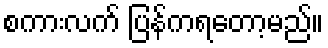
စကားလက် ပြန်ကရတော့မည်။